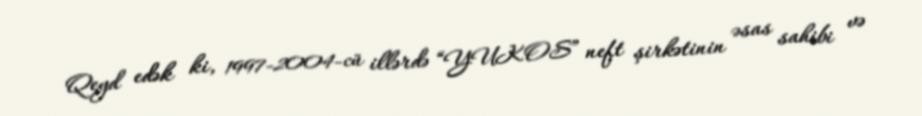
Qeyd edək ki, 1997-2004-cü illərdə “YUKOS” neft şirkətinin əsas sahibi və